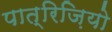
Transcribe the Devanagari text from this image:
पात्रिज़ियो